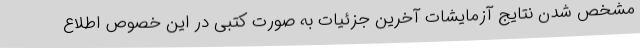
مشخص شدن نتایج آزمایشات آخرین جزئیات به صورت کتبی در این خصوص اطلاع